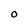
Character: O